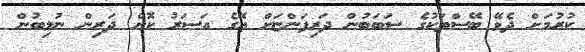
ކުރުމަށް ދެވޭ ބޭސްތަކުގެ ސަބަބުން ދަރިފަންޏަށް އޭގެ އަސަރު ކޮށް ދަރިން ނުލިބުން